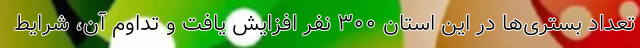
تعداد بستری‌ها در این استان ۳۰۰ نفر افزایش یافت و تداوم آن، شرایط